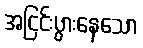
အငြင်းပွားနေသော